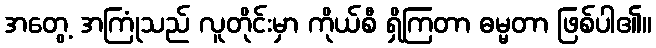
အတွေ့ အကြုံသည် လူတိုင်းမှာ ကိုယ်စီ ရှိကြတာ ဓမ္မတာ ဖြစ်ပါ၏။